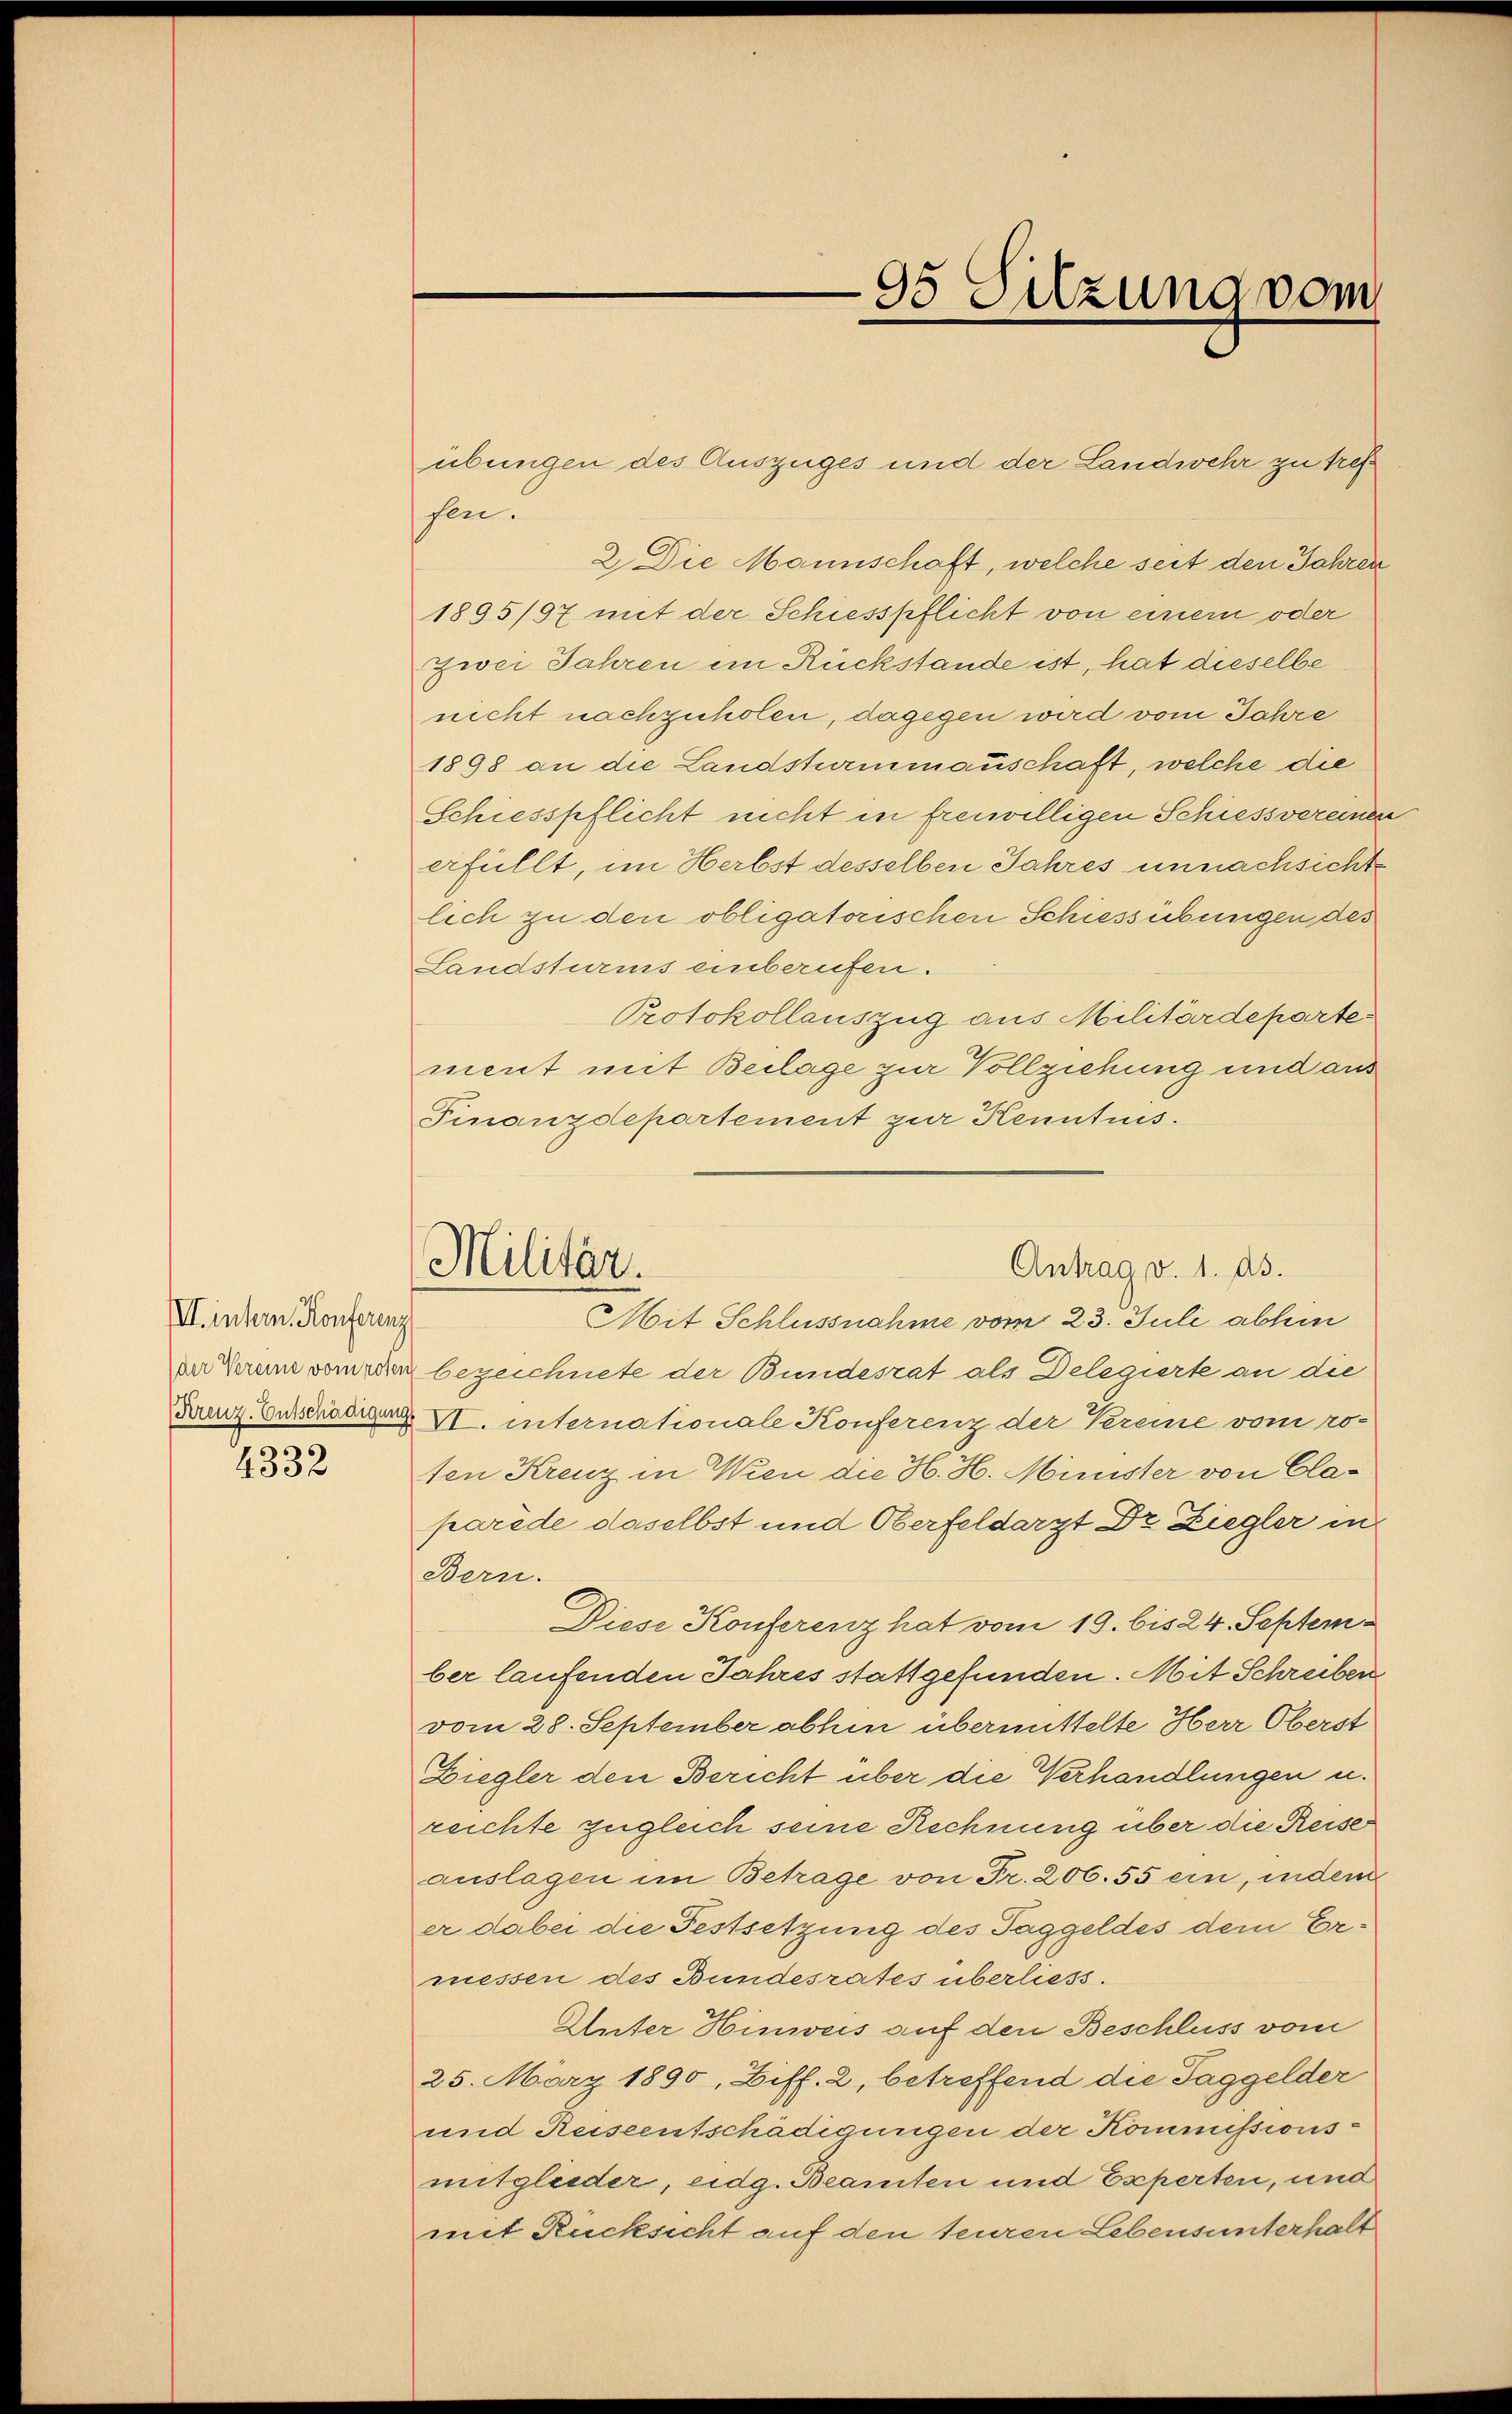
III. intern. Konferenz
der Vereine vom roten
(Kreuz. Entschädigung

4332

Militär.

90 Sitzung vom

übungen des Auszuges und der Landwehr zu tref
sen.
2. Die Mannschaft, welche seit den Jahren
1895/97 mit der Schiesspflicht von einem oder
zwei Jahren im Rückstände ist, hat dieselbe
nicht nachzuholen, dagegen wird vom Jahre
1898 an die Landsturmmauschaft, welche die
Schiesspflicht nicht in freiwilligen Schiessvereinen
erfüllt, im Herbst desselben Jahres unnachsichte
lich zu den obligatorischen Schiessübungen des
Landsturms einberufen.
Protokollauszug aus Militärdeparte
ment mit Beilage zur Vollziehung und aus
Finanzdepartement zur Kenntnis.
Mit Schlussnahme vom 23. Juli abhin
bezeichnete der Bundesrat als Delegierte an die
VI. internationale Konferenz der Vereine vom ro-
ten Kreuz in Wien die H. H. Minister von Claparede daselbst und Oberfeldarzt Dr. Ziegler in
Bern.
Diese Konferenz hat vom 19. bis 24. September laufenden Jahres stattgefunden. Mit Schreiben
vom 28. September abhin übermittelte Herr Oberst
Ziegler den Bericht über die Verhandlungen u.
reichte zugleich seine Rechnung über die Reise
auslagen im Betrage von Fr. 206. 55 ein, indem
er dabei die Festsetzung des Taggeldes dem Ermessen des Bundesrates überliess.
Unter Hinweis auf den Beschluss vom
25. März 1890, Ziff. 2, betreffend die Taggelder
und Reiseentschädigungen der Kommissionsmitglieder, eidg. Beamten und Esperten, und
mit Rücksicht auf den teuren Lebensunterhalt

Antrag v. 1. ds.